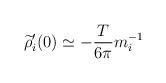
LaTeX: \begin{align*}\widetilde{\rho }_{i}^{\prime }(0)\simeq -{\frac{T}{6\pi }}m_{i}^{-1}\end{align*}